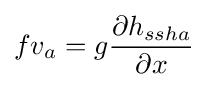
fv_{a}=g{\frac {\partial h_{ssha}}{\partial x}}